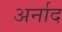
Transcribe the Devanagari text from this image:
अर्नाद